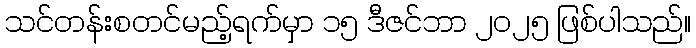
သင်တန်းစတင်မည့်ရက်မှာ ၁၅ ဒီဇင်ဘာ ၂၀၂၅ ဖြစ်ပါသည်။